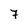
Character: 7